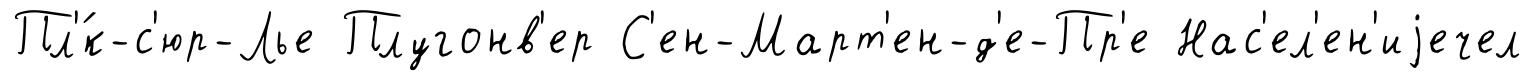
Пл'́к-с'юр-Лье Плугонв'ер С'ен-Март'ен-д'е-Пр'е Нас'ел'ен'иjечел